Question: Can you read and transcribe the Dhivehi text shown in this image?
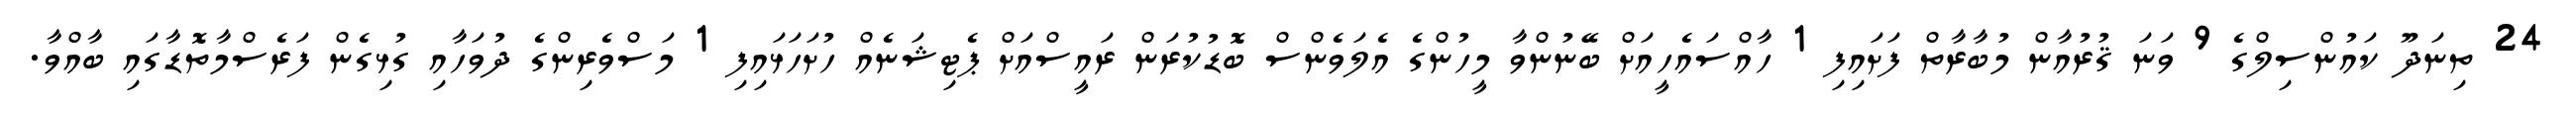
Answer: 24 ތިނަދޫ ކައުންސިލްގެ 9 ވަނަ ޤުރުއާން މުބާރާތް ފަށައިފި 1 ހާއްސައެހީއަށް ބޭނުންވާ މީހުންގެ އެލަވެންސް ބޮޑުކުރަން ރައީސްއަށް ޕެޓިޝަނެއް ހުށަހަޅައިފި 1 މަސްވެރިންގެ ދުވަހާއި ގުޅިގެން ފަރެސްމާތޮޑާގައި ބާއްވާ.